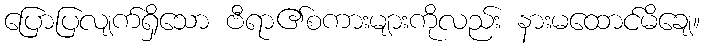
ပြောပြလျက်ရှိသော ဗီရာ၏စကားများကိုလည်း နားမထောင်မိချေ။